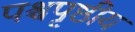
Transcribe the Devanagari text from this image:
पश्चपृष्ठीय